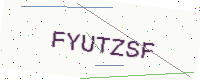
Text: FYUTZSF